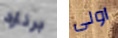
برنارد اولى